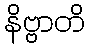
နိဗ္ဗာတိ